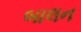
બાલન